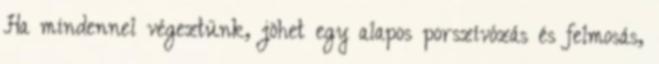
Ha mindennel végeztünk, jöhet egy alapos porszívózás és felmosás,